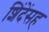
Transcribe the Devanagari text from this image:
शिंदेंसह